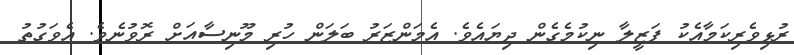
ރުޅިވެރިކަމާއެކު ފަޒީލާ ނިކުމެގެން ދިޔައެވެ. އެމަންޒަރު ބަލަން ހުރި މޫނިސާއަށް ރޮވުނެވެ. އެވަގުތު